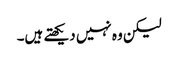
لیکن وہ نہیں دیکھتے ہیں۔